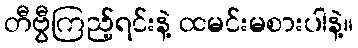
တီဗွီကြည့်ရင်းနဲ့ ထမင်းမစားပါနဲ့။